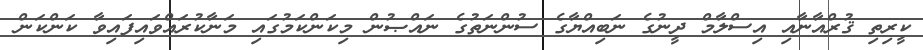
ކީރިތި ޤުރްއާނާއި އިސްލާމް ދީނުގެ ނަބިއްޔާގެ ސުންނަތުގެ ނައްޞުން މިކަންކަމުގައި މަނާކުރައްވައިފައިވާ ކަންކަން